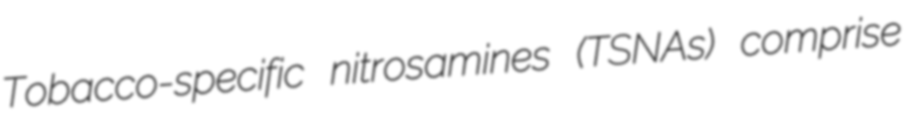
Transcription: Tobacco-specific nitrosamines (TSNAs) comprise